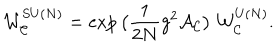
{ \cal W } _ { { \cal C } } ^ { S U ( N ) } = \exp \big ( \frac { 1 } { 2 N } g ^ { 2 } { \cal A } _ { { \cal C } } \big ) ~ { \cal W } _ { { \cal C } } ^ { U ( N ) } .